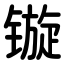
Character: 镟